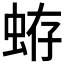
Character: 𧋃